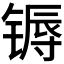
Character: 𬭦